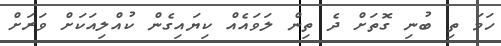
ހަމަ ތި ބުނި ގޮތަށް ދެ ތިން ލަވައެއް ކިޔައިގެން ކުއްލިއަކަށް ވަރަށް